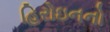
હિરોઇનનો